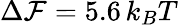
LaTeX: \Delta{\cal F}=5.6\, k_{B}T